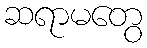
ဆရာမတွေ